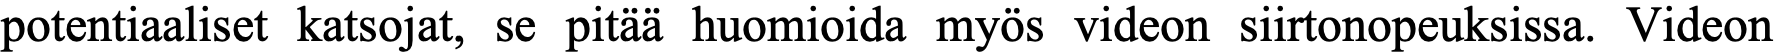
potentiaaliset katsojat, se pitää huomioida myös videon siirtonopeuksissa. Videon